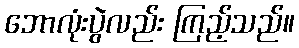
ဘောလုံးပွဲလည်း ကြည့်သည်။